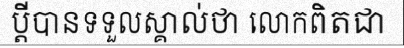
ប្តីបានទទួលស្គាល់ថា លោកពិតជា